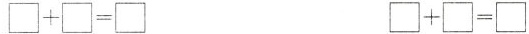
$$\Box + \Box = \Box$$ $$\Box + \Box = \Box$$